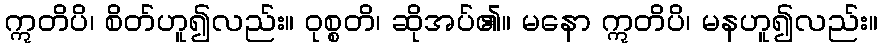
ဣတိပိ၊ စိတ်ဟူ၍လည်း။ ဝုစ္စတိ၊ ဆိုအပ်၏။ မနော ဣတိပိ၊ မနဟူ၍လည်း။